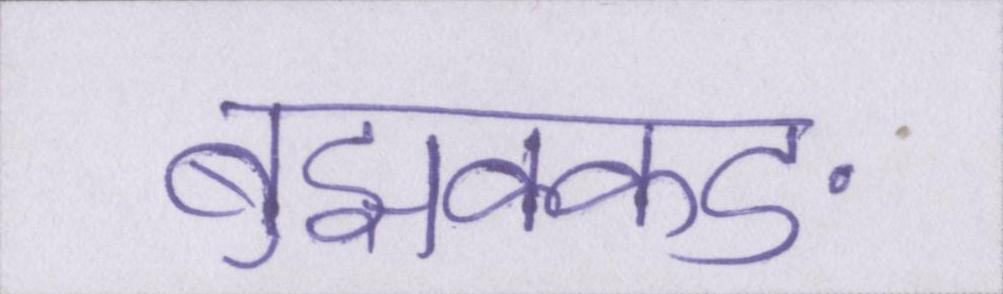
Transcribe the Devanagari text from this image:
बुझक्कङ